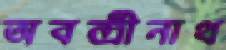
অবন্দ্রীনাথ